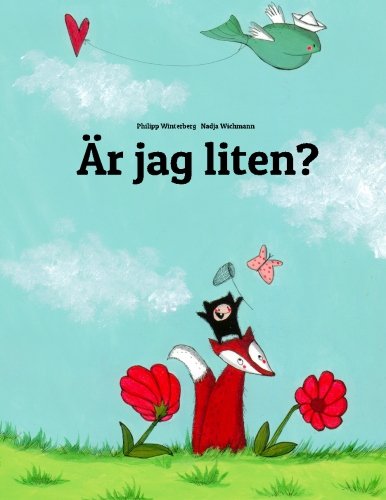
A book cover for ÃEr jag liten?: En berÃ¤ttelse i text och bilder av Philipp Winterberg och Nadja Wichmann (Swedish Edition); Philipp Winterberg; Children's Books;